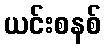
ယင်းစနစ်